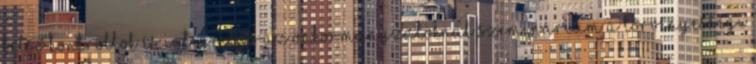
Belső kontrollok és integritás az önkormányzatoknál szeminárium A törvényességi